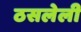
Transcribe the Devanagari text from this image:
ठसलेली